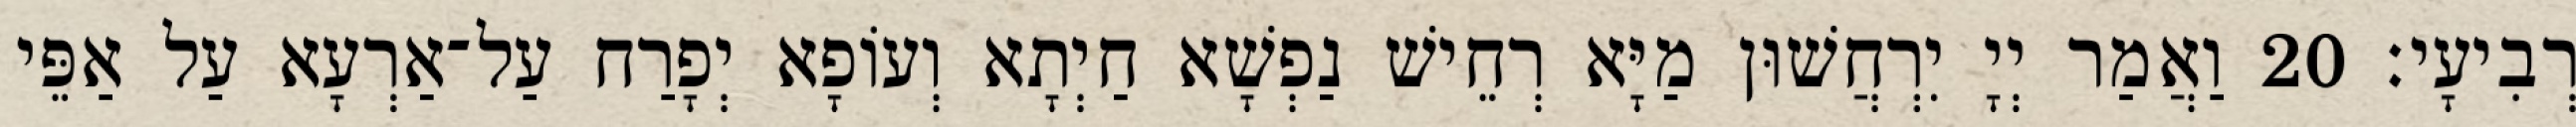
רְבִיעָי׃ 20 וַאֲמַר יְיָ יִרְחֲשׁוּן מַיָּא רְחֵישׁ נַפְשָׁא חַיְתָא וְעוֹפָא יְפָרַח עַל־אַרְעָא עַל אַפֵּי